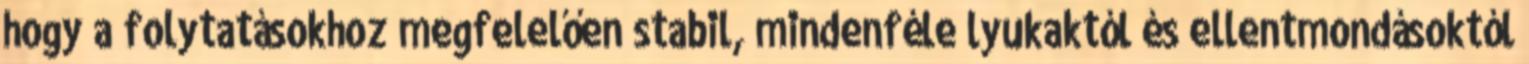
hogy a folytatásokhoz megfelelően stabil, mindenféle lyukaktól és ellentmondásoktól